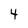
Character: 4